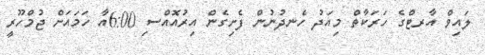
ލައިވް އާރޓްގެ ހަރަކާތް މިއަދު ހެނދުނުން ފެށިގެން އިރުއޮއްސި 6:00އާ ހަމައަށް ޖުމްހޫރީ